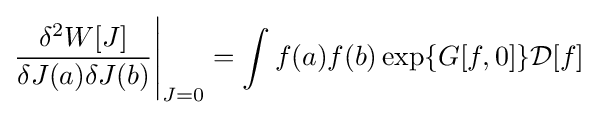
{\dfrac {\delta ^{2}W[J]}{\delta J(a)\delta J(b)}}{\Bigg |}_{J=0}=\int f(a)f(b)\exp \lbrace G[f,0]\rbrace {\mathcal {D}}[f]\;